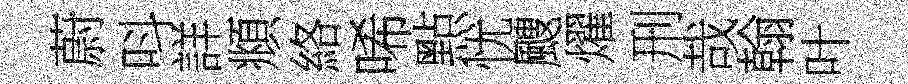
蔚呌詳頫絡唏㸃忧颼燿刑哉翰叶